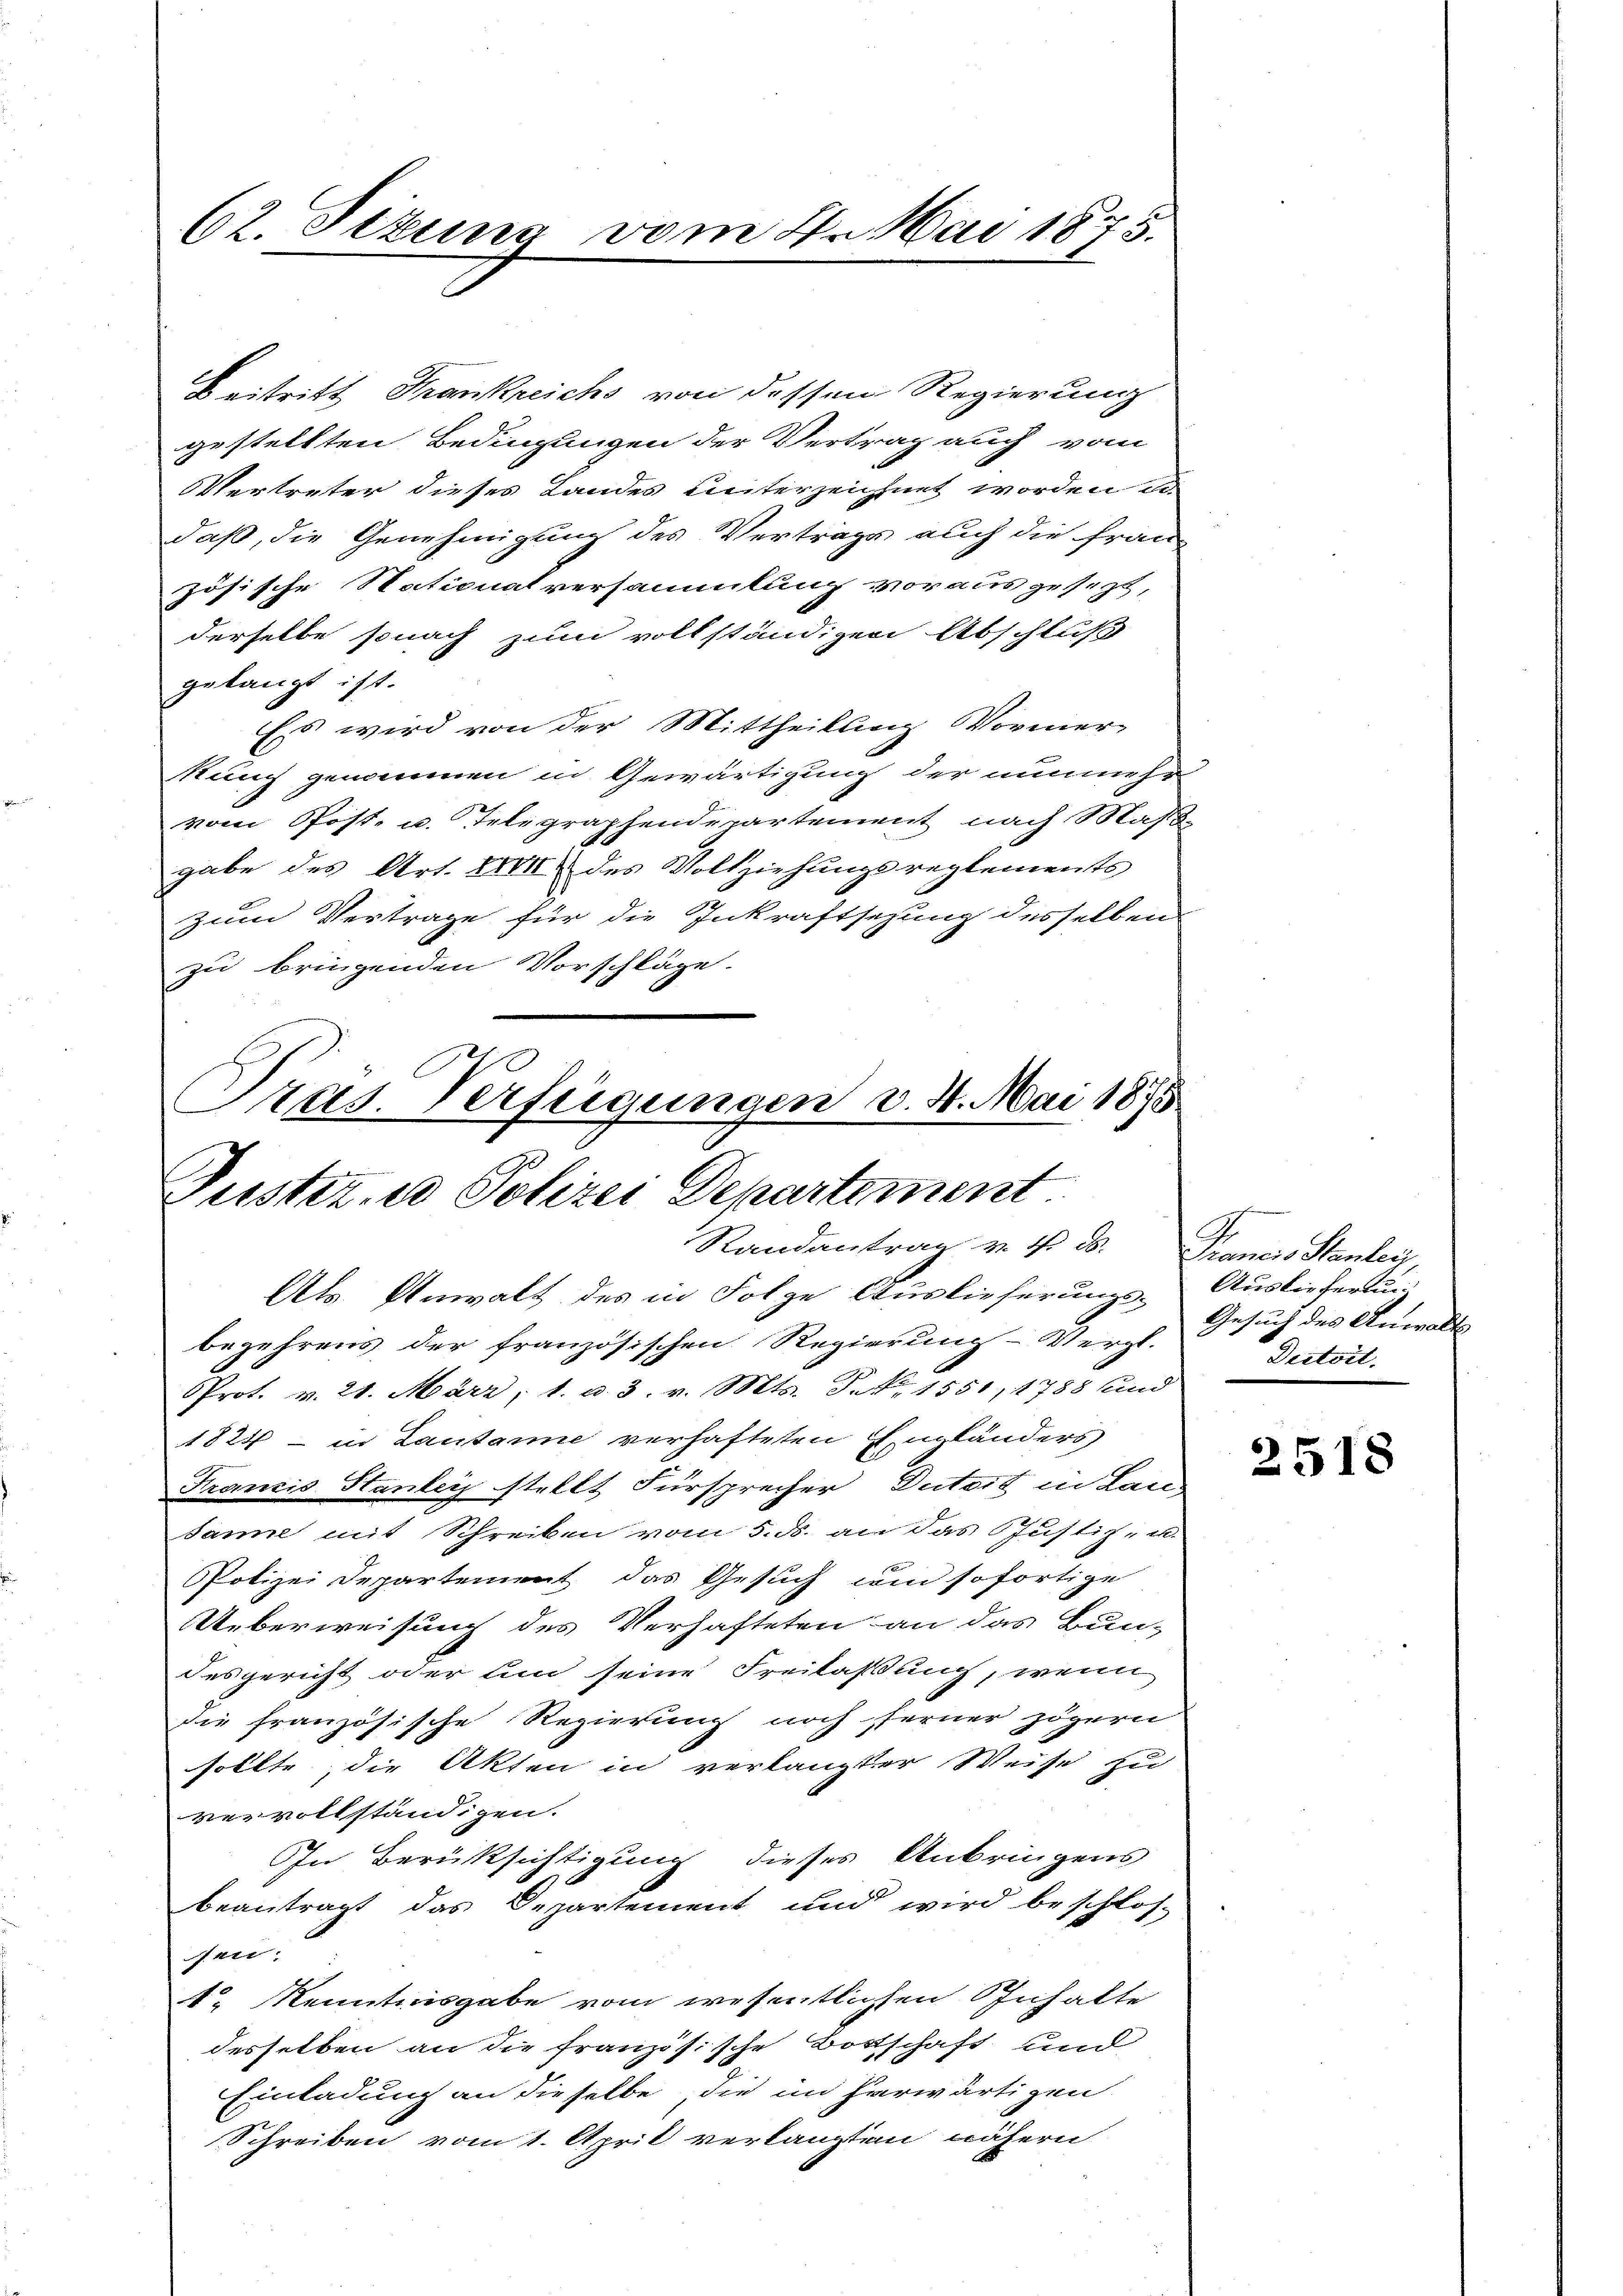
62. Sizung vom 4. Mai 1875.

Beitritt Frankreichs von dessen Regierung
gestellten Bedingungen der Vertrag auch vom
Vertreter dieses Landes Leiterzeichnet worden di
daß, die Genehmigung des Vertrags auch die fran-
zösische Stationalversammlung vorausgesezt,
derselbe sonach zum vollständigen Abschluß
gelangt ist.
Es wird von der Mittheilung Vormer-
kung genommen in Gewärtigung der nunmehr
vom Post- u. Telegraphendepartement nach Maß
gabe des Art. 1881 des Vollziehungsreglements
zum Vertrage für die Inkraftsezung desselben
zu bringenden Vorschläge.
Pras. Verfügungen v. 4. Mai 1875

Justiz und Polizei Departement.
Randantrag v. 4. ds. Francis Stanley,

Als Anwalt des in Folge Auslieferungs-Auslieferun
begehrens der französischen Regierung- Vergl. Gesuch des Anwalts
PProt. v. 21. März, 1. d. 3. v. Mts. S. Nr. 1551, 1788 und
1824 - in Lautare verhafteten Engländers
Francis Stanley stellt Fürsprecher Dutoit in Lau¬
Janne mit Schreiben vom 5. ds. an das Justiz- u.
PPolizei Departement das Gesuch um sofortige
Ueberweisung des Verhafteten an das Bun-
desgericht oder um seine Freilaßung, wenn
die französische Regierung noch ferner zögern
sollte, die Akten in verlangter Weise zu
vervollständigen.
In Berüksichtigung dieses Anbringens
beantragt das Departement und wird beschlos-
sen:
t. Kenntnisgabe vom wesentlichen Sinhalte
desselben an die französische Bottschaft und
Einladung an dieselbe, die im herwärtigen
Schreiben vom 1. April verlangten nähern

A
Deitoil.

2518